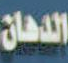
الدهان